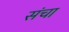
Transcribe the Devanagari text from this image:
संचा